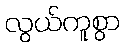
လွယ်ကူစွာ